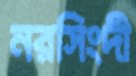
নরসিংদী